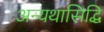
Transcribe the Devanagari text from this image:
अन्यथासिद्धि